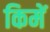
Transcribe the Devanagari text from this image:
किमें